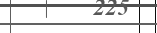
١٥